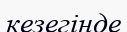
кезегінде